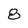
Character: 8